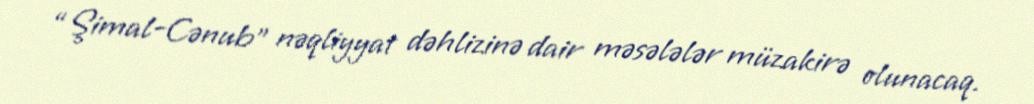
“Şimal-Cənub” nəqliyyat dəhlizinə dair məsələlər müzakirə olunacaq.